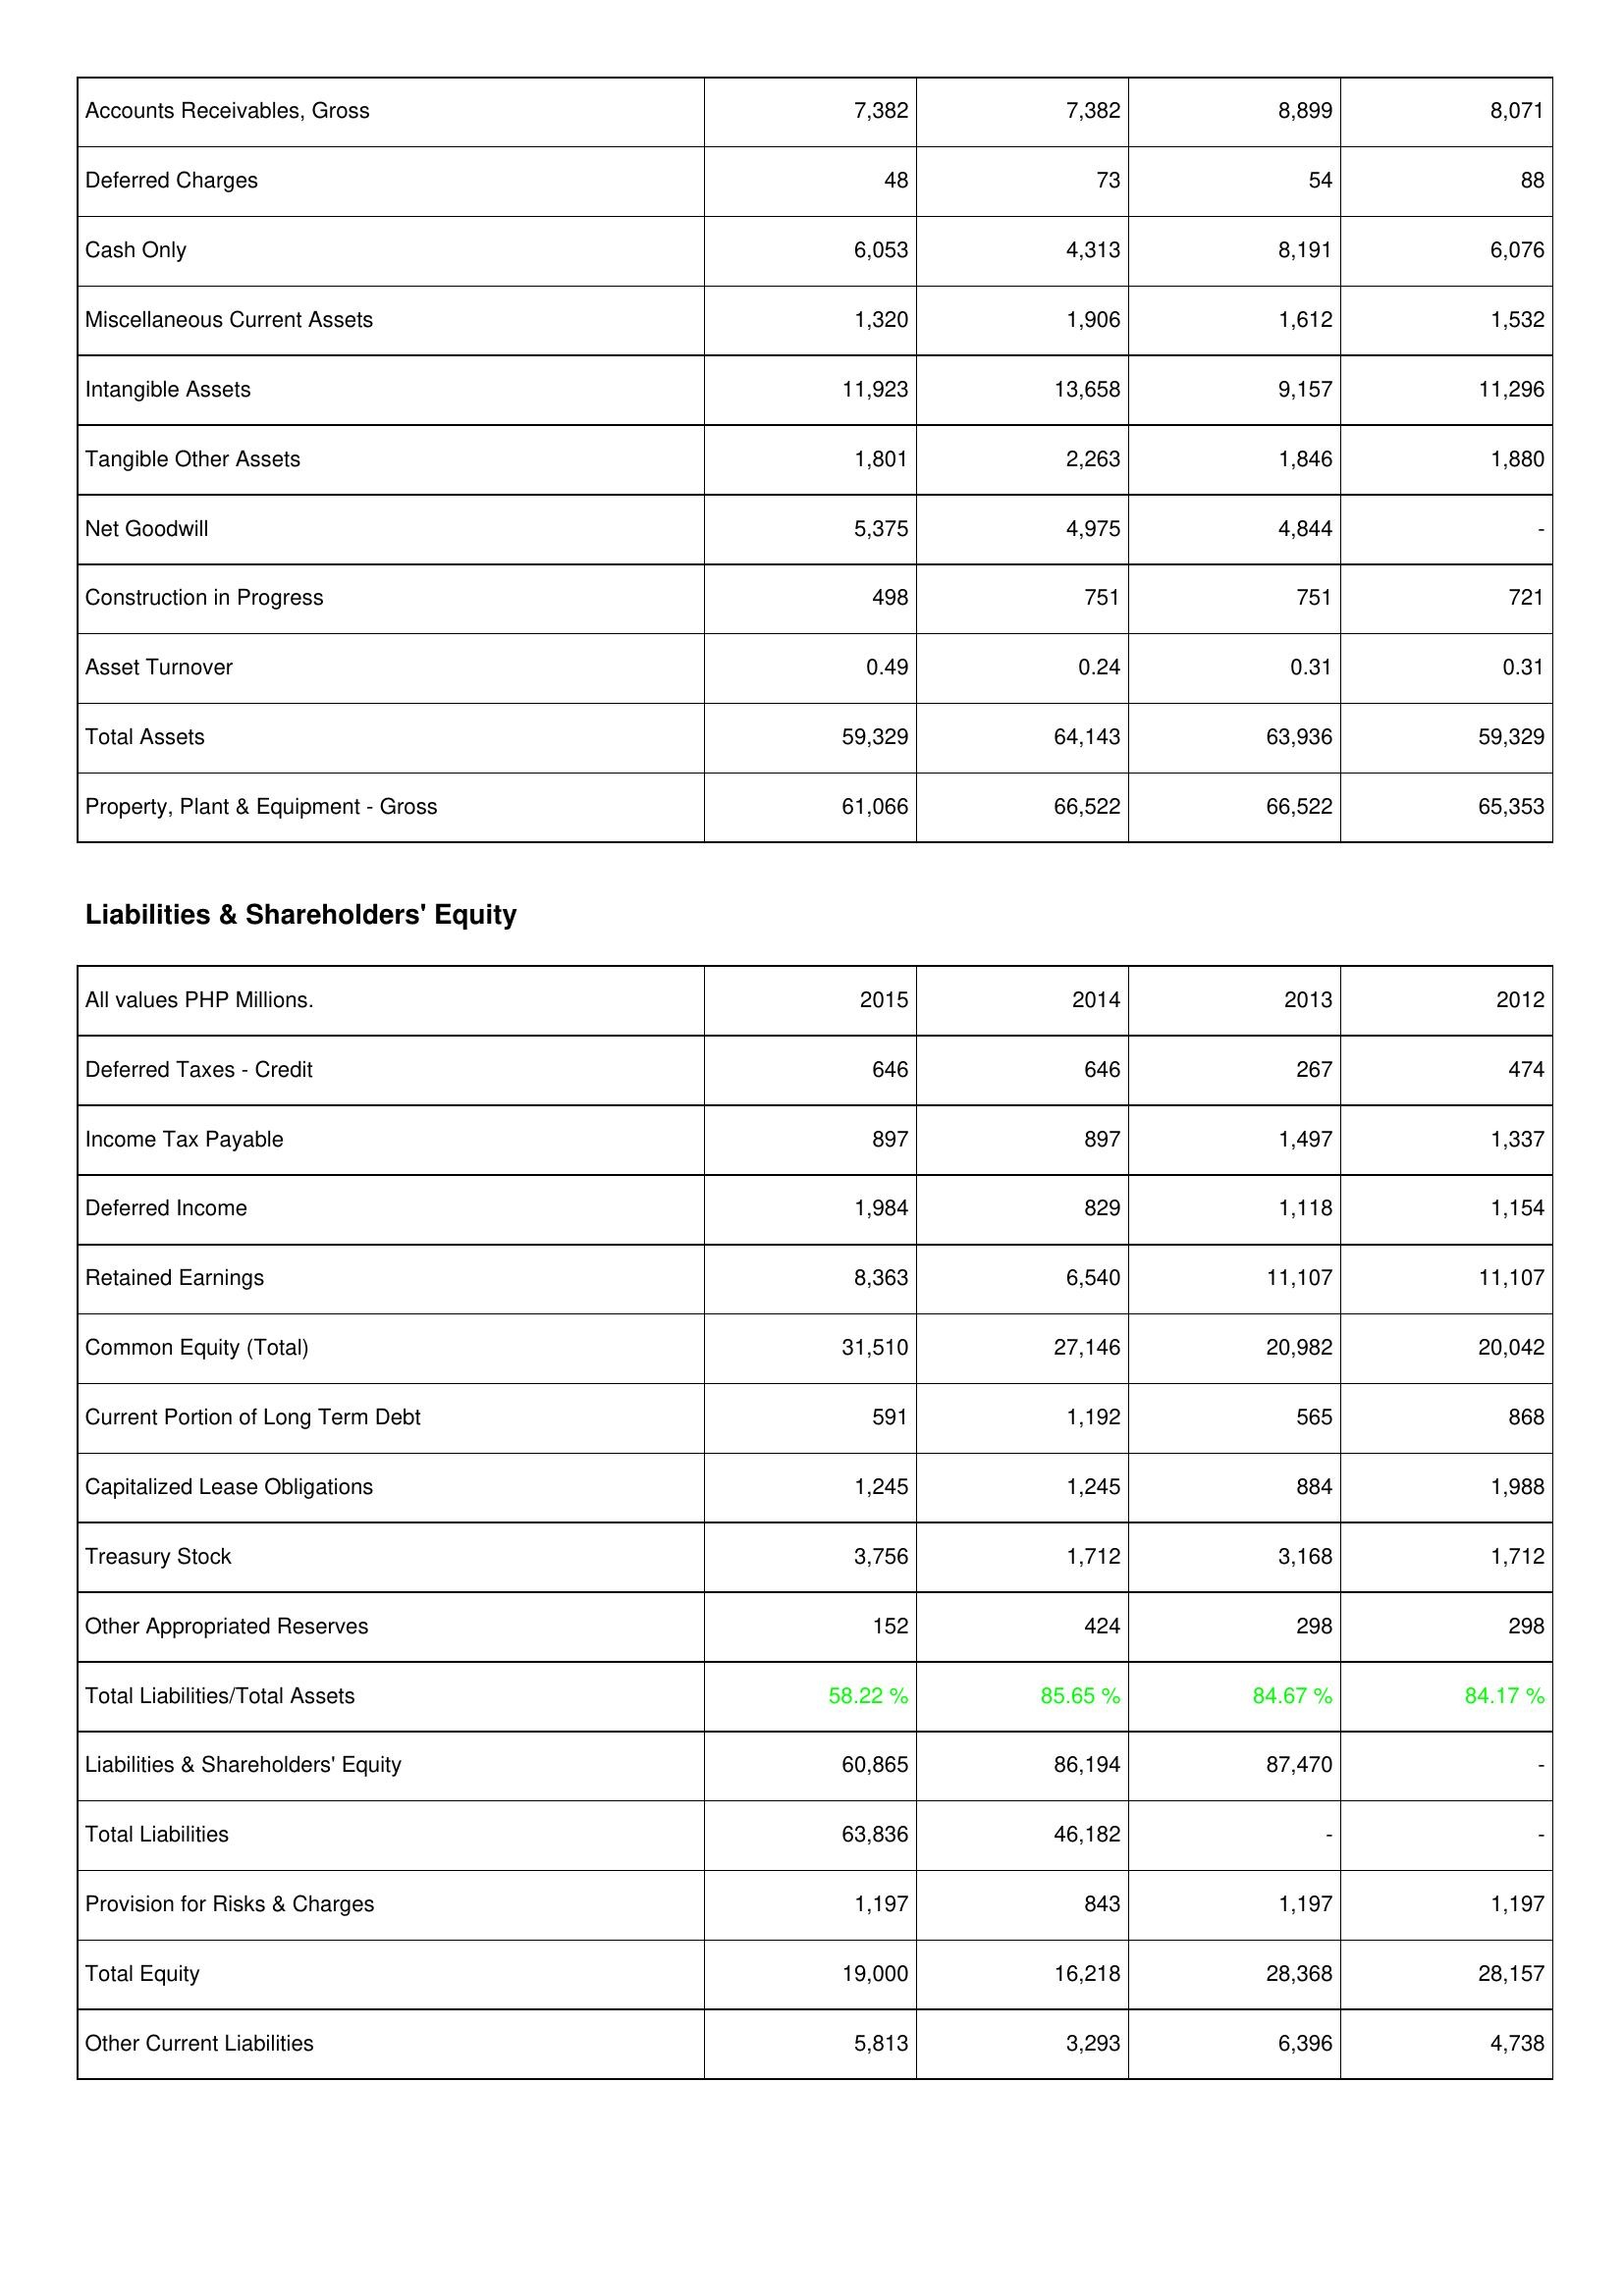
2015: Assets: Accounts Receivables, Gross: 7,382
Deferred Charges: 48
Cash Only: 6,053
Miscellaneous Current Assets: 1,320
Intangible Assets: 11,923
Tangible Other Assets: 1,801
Net Goodwill: 5,375
Construction in Progress: 498
Asset Turnover: 0.49
Total Assets: 59,329
Property, Plant & Equipment - Gross: 61,066
Liabilities & Shareholders' Equity: Deferred Taxes - Credit: 646
Income Tax Payable: 897
Deferred Income: 1,984
Retained Earnings: 8,363
Common Equity (Total): 31,510
Current Portion of Long Term Debt: 591
Capitalized Lease Obligations: 1,245
Treasury Stock: 3,756
Other Appropriated Reserves: 152
Total Liabilities/Total Assets: 58.22 %
Liabilities & Shareholders' Equity: 60,865
Total Liabilities: 63,836
Provision for Risks & Charges: 1,197
Total Equity: 19,000
Other Current Liabilities: 5,813
2014: Assets: Accounts Receivables, Gross: 7,382
Deferred Charges: 73
Cash Only: 4,313
Miscellaneous Current Assets: 1,906
Intangible Assets: 13,658
Tangible Other Assets: 2,263
Net Goodwill: 4,975
Construction in Progress: 751
Asset Turnover: 0.24
Total Assets: 64,143
Property, Plant & Equipment - Gross: 66,522
Liabilities & Shareholders' Equity: Deferred Taxes - Credit: 646
Income Tax Payable: 897
Deferred Income: 829
Retained Earnings: 6,540
Common Equity (Total): 27,146
Current Portion of Long Term Debt: 1,192
Capitalized Lease Obligations: 1,245
Treasury Stock: 1,712
Other Appropriated Reserves: 424
Total Liabilities/Total Assets: 85.65 %
Liabilities & Shareholders' Equity: 86,194
Total Liabilities: 46,182
Provision for Risks & Charges: 843
Total Equity: 16,218
Other Current Liabilities: 3,293
2013: Assets: Accounts Receivables, Gross: 8,899
Deferred Charges: 54
Cash Only: 8,191
Miscellaneous Current Assets: 1,612
Intangible Assets: 9,157
Tangible Other Assets: 1,846
Net Goodwill: 4,844
Construction in Progress: 751
Asset Turnover: 0.31
Total Assets: 63,936
Property, Plant & Equipment - Gross: 66,522
Liabilities & Shareholders' Equity: Deferred Taxes - Credit: 267
Income Tax Payable: 1,497
Deferred Income: 1,118
Retained Earnings: 11,107
Common Equity (Total): 20,982
Current Portion of Long Term Debt: 565
Capitalized Lease Obligations: 884
Treasury Stock: 3,168
Other Appropriated Reserves: 298
Total Liabilities/Total Assets: 84.67 %
Liabilities & Shareholders' Equity: 87,470
Total Liabilities: -
Provision for Risks & Charges: 1,197
Total Equity: 28,368
Other Current Liabilities: 6,396
2012: Assets: Accounts Receivables, Gross: 8,071
Deferred Charges: 88
Cash Only: 6,076
Miscellaneous Current Assets: 1,532
Intangible Assets: 11,296
Tangible Other Assets: 1,880
Net Goodwill: -
Construction in Progress: 721
Asset Turnover: 0.31
Total Assets: 59,329
Property, Plant & Equipment - Gross: 65,353
Liabilities & Shareholders' Equity: Deferred Taxes - Credit: 474
Income Tax Payable: 1,337
Deferred Income: 1,154
Retained Earnings: 11,107
Common Equity (Total): 20,042
Current Portion of Long Term Debt: 868
Capitalized Lease Obligations: 1,988
Treasury Stock: 1,712
Other Appropriated Reserves: 298
Total Liabilities/Total Assets: 84.17 %
Liabilities & Shareholders' Equity: -
Total Liabilities: -
Provision for Risks & Charges: 1,197
Total Equity: 28,157
Other Current Liabilities: 4,738